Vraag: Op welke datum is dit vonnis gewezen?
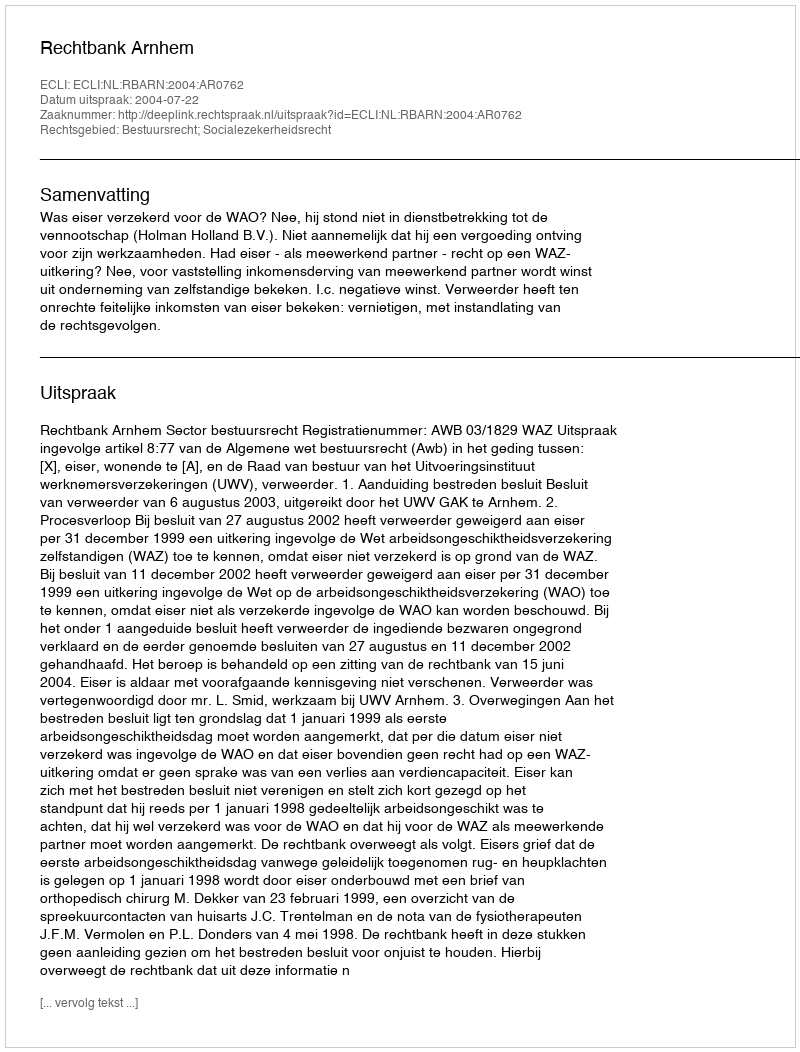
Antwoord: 2004-07-22